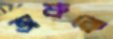
অশ্রুকে